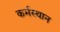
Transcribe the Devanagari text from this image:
कर्मस्थान